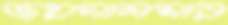
জয়সালমার